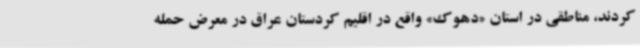
کردند، مناطقی در استان «دهوک» واقع در اقلیم کردستان عراق در معرض حمله